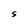
Character: S